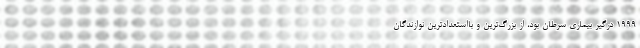
۱۹۹۹ درگیر بیماری سرطان بود، از بزرگ‌ترین و بااستعدادترین نوازندگان